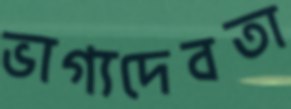
ভাগ্যদেবতা